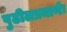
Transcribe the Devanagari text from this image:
पुढीलप्रमाणेः